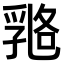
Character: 𠄇